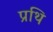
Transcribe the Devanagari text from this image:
प्रथि